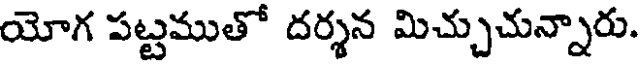
యోగ పట్టముతో దర్శన మిచ్చుచున్నారు.